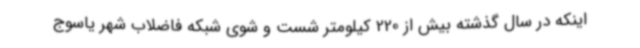
اینکه در سال گذشته بیش از 220 کیلومتر شست و شوی شبکه فاضلاب شهر یاسوج